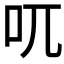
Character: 𠮾